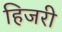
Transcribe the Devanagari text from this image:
हिजरी